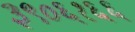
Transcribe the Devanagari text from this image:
३९०६१६६